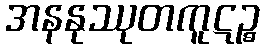
အနနုဿုတကူဋဉ္စ